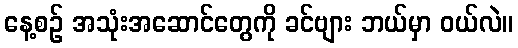
နေ့စဉ် အသုံးအဆောင်တွေကို ခင်ဗျား ဘယ်မှာ ဝယ်လဲ။